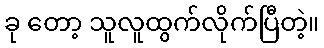
ခု တော့ သူလူထွက်လိုက်ပြီတဲ့။